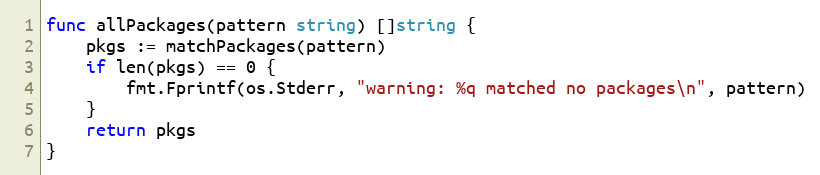
Language: Go
func allPackages(pattern string) []string {
	pkgs := matchPackages(pattern)
	if len(pkgs) == 0 {
		fmt.Fprintf(os.Stderr, "warning: %q matched no packages\n", pattern)
	}
	return pkgs
}